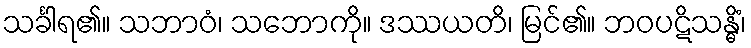
သင်္ခါရ၏။ သဘာဝံ၊ သဘောကို။ ဒဿယတိ၊ မြင်၏။ ဘဝပဋိသန္ဓိံ၊